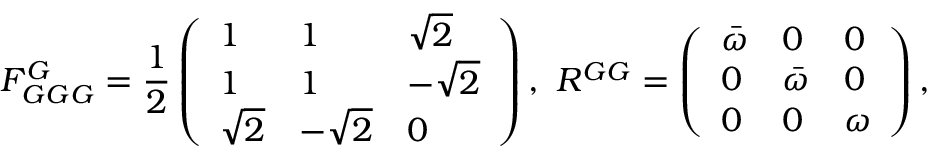
F _ { G G G } ^ { G } = \frac { 1 } { 2 } \left( \begin{array} { l l l } { 1 } & { 1 } & { \sqrt { 2 } } \\ { 1 } & { 1 } & { - \sqrt { 2 } } \\ { \sqrt { 2 } } & { - \sqrt { 2 } } & { 0 } \end{array} \right) , \, \, R ^ { G G } = \left( \begin{array} { l l l } { \bar { \omega } } & { 0 } & { 0 } \\ { 0 } & { \bar { \omega } } & { 0 } \\ { 0 } & { 0 } & { \omega } \end{array} \right) ,